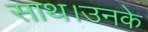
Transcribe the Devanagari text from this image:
साथ।उनके